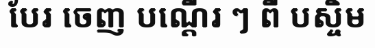
បែរ ចេញ បណ្តើរ ៗ ពី បស្ចិម